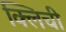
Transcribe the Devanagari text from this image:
क्लिची